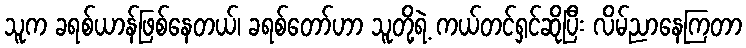
သူက ခရစ်ယာန်ဖြစ်နေတယ်၊ ခရစ်တော်ဟာ သူတို့ရဲ့ ကယ်တင်ရှင်ဆိုပြီး လိမ်ညာနေကြတာ